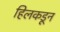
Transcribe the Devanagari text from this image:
हिलकडून